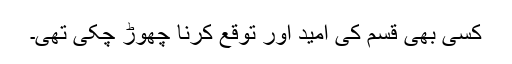
کسی بھی قسم کی امید اور توقع کرنا چھوڑ چکی تھی۔